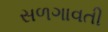
સળગાવતી